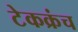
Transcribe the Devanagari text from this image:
टेकक्रंच